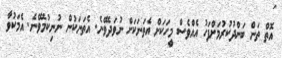
އޮތް ތަން ބަންދުކުރުމަށްފަހު އެއްވެސް މީހަކަށް އެތަނަކަށް ނުވަދެވޭނެ. އެތަނަކުން ނުނިކުމެވޭނެ. އެމަކުވާ